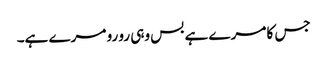
جس کا مرے ہے بس وہی رو رو مرے ہے۔